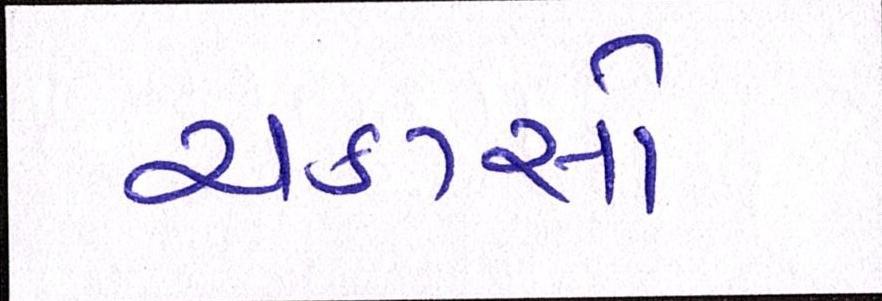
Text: ચકાસો